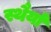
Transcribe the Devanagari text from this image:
स्थैर्या